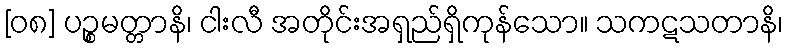
[၀၈] ပဉ္စမတ္တာနိ၊ ငါးလီ အတိုင်းအရှည်ရှိကုန်သော။ သကဋသတာနိ၊